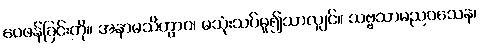
ဝေဖန်ခြင်းကို။ အနာမသိတွာဝ၊ မသုံးသပ်မူ၍သာလျှင်။ သဗ္ဗသာမညဝသေန၊